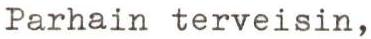
Parhain terveisin,